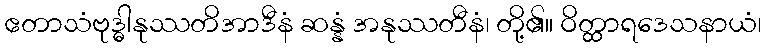
ဧတာသံဗုဒ္ဓါနုဿတိအာဒီနံ ဆန္နံ အနုဿတီနံ၊ တို့၏။ ဝိတ္ထာရဒေသနာယံ၊